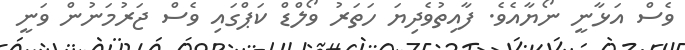
ވެސް އަޅާނީ ނޯޔާއެވެ. ފާއިތުވެދިޔަ ހަތަރު ވޯލްޑް ކަޕްގައި ވެސް ޖަރުމަނުން ވަނީ